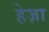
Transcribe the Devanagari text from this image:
हेज़ा